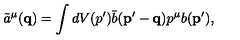
\tilde { a } ^ { \mu } ( { \mathbf { q } } ) = \int d V ( p ^ { \prime } ) \bar { b } ( { \mathbf { p ^ { \prime } - q } } ) p ^ { \mu } b ( { \mathbf { p ^ { \prime } } } ) ,